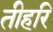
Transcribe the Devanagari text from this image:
तीहरि